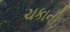
ચકાની